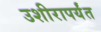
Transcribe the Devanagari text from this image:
उशीरापर्यंत